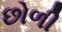
છોળી